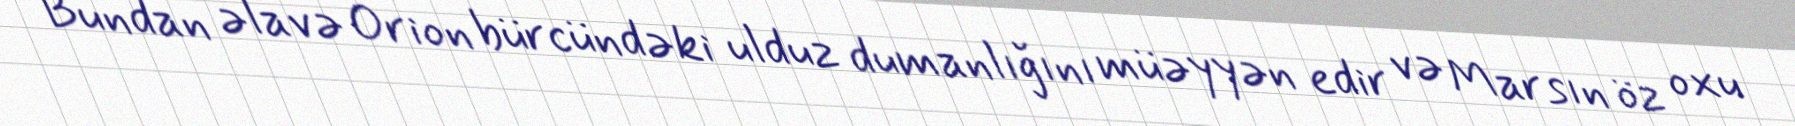
Bundan əlavə Orion bürcündəki ulduz dumanlığını müəyyən edir və Marsın öz oxu